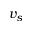
v _ { s }